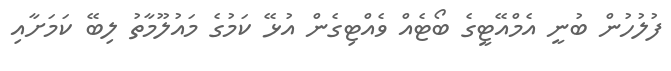
ފުލުހުން ބުނީ އެމްއޭޓީގެ ބޯޓެއް ވެއްޓިގެން އުޅޭ ކަމުގެ މައުލޫމާތު ލިބޭ ކަމަށާއި